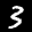
Label: 3